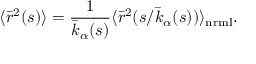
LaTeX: \langle { \bar { r } } ^ { 2 } ( s ) \rangle = { \frac { 1 } { { \bar { k } } _ { \alpha } ( s ) } } \langle { \bar { r } } ^ { 2 } ( s / { \bar { k } } _ { \alpha } ( s ) ) \rangle _ { \mathrm { n r m l } } .